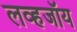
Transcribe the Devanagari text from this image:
लव्हजॉय